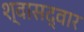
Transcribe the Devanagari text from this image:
श्वासद्वार